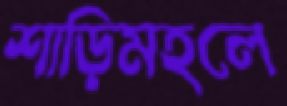
শাড়িমহলে